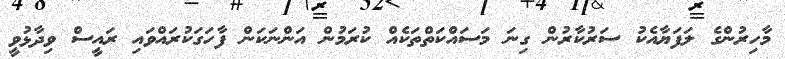
މާހިރުންގެ ލަފަޔާއެކު ސަރުކާރުން ގިނަ މަސައްކަތްތަކެއް ކުރަމުން އަންނަކަން ފާހަގަކުރައްވައި ރައީސް ވިދާޅުވީ